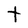
Character: t